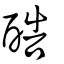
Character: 酷